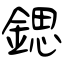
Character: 鍶